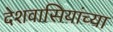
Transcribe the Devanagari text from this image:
देशवासियांच्या